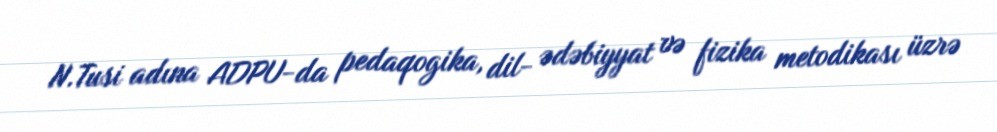
N.Tusi adına ADPU-da pedaqogika, dil- ədəbiyyat və fizika metodikası üzrə